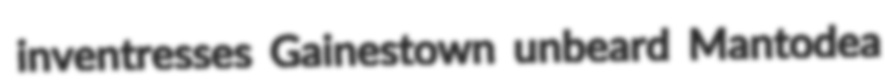
inventresses Gainestown unbeard Mantodea